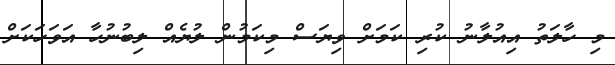
މި ހާލަތު އިއުލާނު ކުރި ކަމަށް ވިޔަސް މިކަމުން ލުޔެއް ލިބުނުހާ އަވަހަކަށް